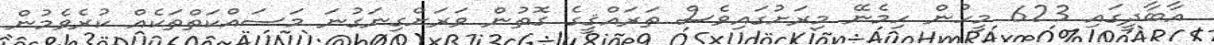
އާބާދީގައި 623 މީހުން ހިމެނޭ މިރަށުގައިވެސް ތަރައްޤީގެ ގޮތުން ވަރަށްގިނަގުނަ މަސައްކަތްތަކެއް ކުރެވެމުން